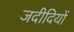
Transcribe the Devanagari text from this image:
जदीदियों